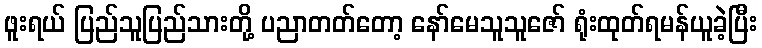
ဖူးရယ် ပြည်သူပြည်သားတို့ ပညာတတ်တော့ နော်မေသူသူဇော် ရုံးထုတ်ရမန်ယူခဲ့ပြီး